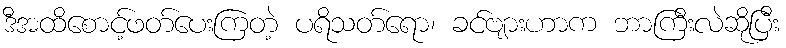
ဒီအထိစောင့်ဖတ်ပေးကြတဲ့ ပရိသတ်ရော၊ ခင်ဗျားဟာက ဘာကြီးလဲဆိုပြီး